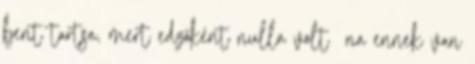
bent tartsa, mert edzőként nulla volt na ennek van